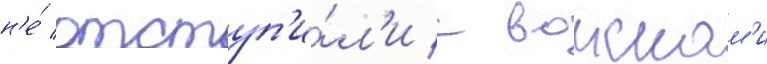
н'е́ отступ'и́л'и с воискам'и